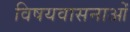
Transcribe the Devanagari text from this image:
विषयवासनाओं